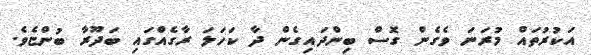
އަކުރުތައް މުރަނަ ވެގެން ގޮސް ބިންދައިގެން ދާ ކަހަލަ ރާގެއްގައި ބަދޫރާ ބުންޏެވެ.